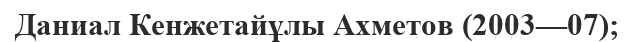
Даниал Кенжетайұлы Ахметов (2003—07);